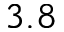
3 . 8